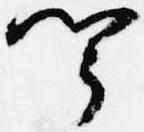
聞